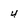
Character: 4